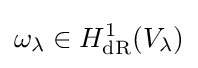
\omega _{\lambda }\in H_{\mathrm {dR} }^{1}(V_{\lambda })